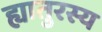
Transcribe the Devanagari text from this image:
ह्यातुरस्य